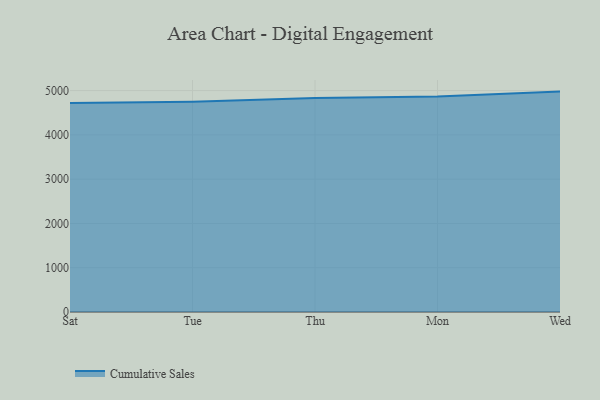
{"axis": {"x": "Day", "y": "Energy Usage (MWh)"}, "legend": ["Cumulative Sales"], "data": [{"x": "Sat", "y": 4718.9, "type": "Cumulative Sales"}, {"x": "Tue", "y": 4750.4, "type": "Cumulative Sales"}, {"x": "Thu", "y": 4833.7, "type": "Cumulative Sales"}, {"x": "Mon", "y": 4868.6, "type": "Cumulative Sales"}, {"x": "Wed", "y": 4977.5, "type": "Cumulative Sales"}]}